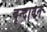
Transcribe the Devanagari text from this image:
बृन्दावन